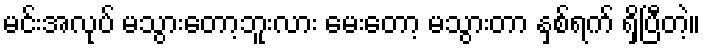
မင်းအလုပ် မသွားတော့ဘူးလား မေးတော့ မသွားတာ နှစ်ရက် ရှိပြီတဲ့။